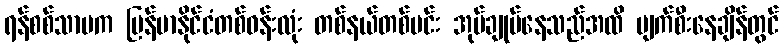
ရန်စစ်သာမက မြန်မာနိုင်ငံတစ်ဝန်းလုံး တစ်နယ်တစ်မင်း အုပ်ချုပ်နေသည်အထိ ပျက်စီးနေချိန်တွင်